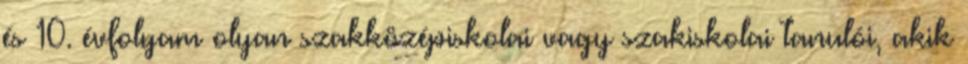
és 10. évfolyam olyan szakközépiskolai vagy szakiskolai tanulói, akik